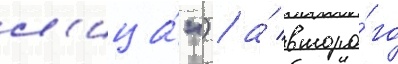
л'ица́") / а́ второ́го